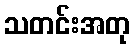
သတင်းအတု